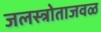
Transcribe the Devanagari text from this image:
जलस्त्रोताजवळ